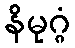
နိမုဂ္ဂံ